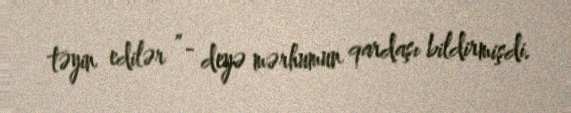
təyin edilər ”- deyə mərhumun qardaşı bildirmişdi.